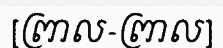
[ព្រាល-ព្រាល]